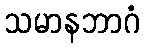
သမာနဘာဂံ